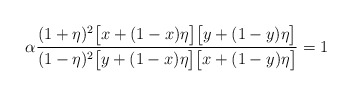
\begin{align*}\alpha\frac{(1+\eta)^2\big[x+(1-x)\eta\big]\big[y+(1-y)\eta\big]}{(1-\eta)^2\big[y+(1-x)\eta\big]\big[x+(1-y)\eta\big]}=1\end{align*}